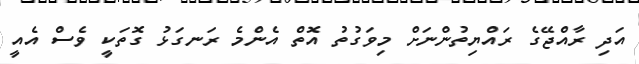
އަދި ރާއްޖޭގެ ރައްޔިތުންނަށް މިވަގުތު އޮތް އެންމެ ރަނގަޅު ގޮތަކީ ވެސް އެއީ